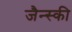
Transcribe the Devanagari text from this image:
जैन्स्की